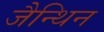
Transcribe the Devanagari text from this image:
जैन्थिन